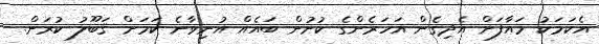
އެކަމަކު މައާފަށް އެދިގެން އަހަރެންގެ ކުށުން ބައެއް އުނިވާނެ ކަމަށް ޤަބޫލު ކުރަން.